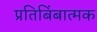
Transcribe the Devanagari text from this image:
प्रतिबिंबात्मक